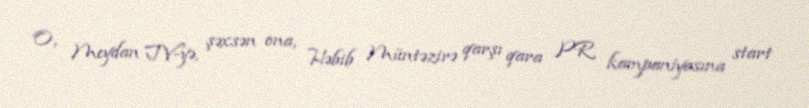
O, Meydan TV-yə, şəxsən ona, Həbib Müntəzirə qarşı qara PR kampaniyasına start